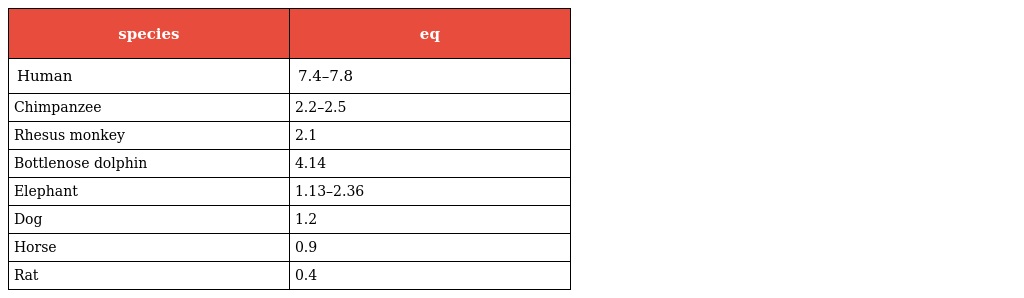
| species | eq |
 | --- | --- |
 | Human | 7.4–7.8 |
 | Chimpanzee | 2.2–2.5 |
 | Rhesus monkey | 2.1 |
 | Bottlenose dolphin | 4.14 |
 | Elephant | 1.13–2.36 |
 | Dog | 1.2 |
 | Horse | 0.9 |
 | Rat | 0.4 |